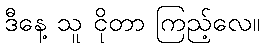
ဒီနေ့ သူ ငိုတာ ကြည့်လေ။